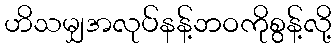
ဟိသမျှအလုပ်နန့်ဘဝကိုစွန့်လို့